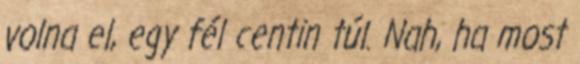
volna el, egy fél centin túl. Nah, ha most